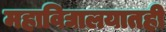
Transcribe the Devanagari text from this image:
महाविद्यालयातही